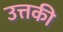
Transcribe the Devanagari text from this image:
उत्तकी